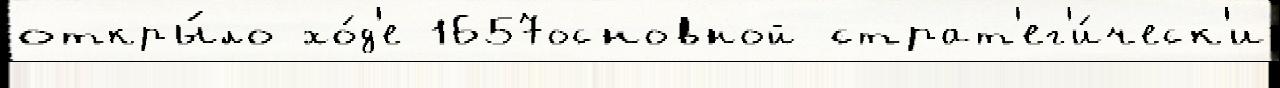
откры́ло хо́д'е 1657основной страт'ег'и́ческ'и